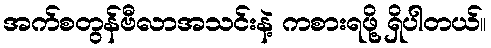
အက်စတွန်ဗီလာအသင်းနဲ့ ကစားရဖို့ ရှိပါတယ်။